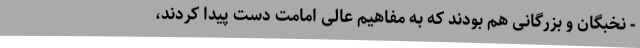
- نخبگان و بزرگانی هم بودند که به مفاهیم عالی امامت دست پیدا کردند،